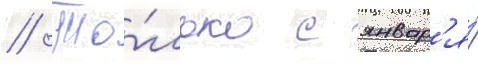
// То́лько с январ'я́